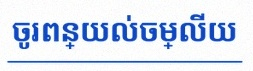
ចូរពន្យល់ចម្លើយ